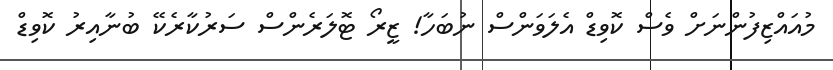
މުއައްޒިފުންނަށް ވެސް ކޮވިޑް އެލަވަންސް ނުބަހާ! ޒީރޯ ޓޮލަރެންސް ސަރުކާރެކޭ ބުނާއިރު ކޮވިޑް